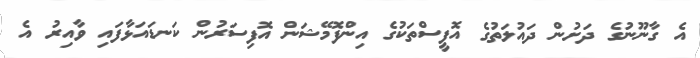
އެ ގާނޫނުގެ ދަށުން ދައުލަތުގެ އޮފީސްތަކުގެ އިންފޮމޭޝަން އޮފިސަރުން ކަނޑައަޅާފައި ވާއިރު އެ